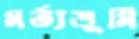
মর্ত্যভূমি